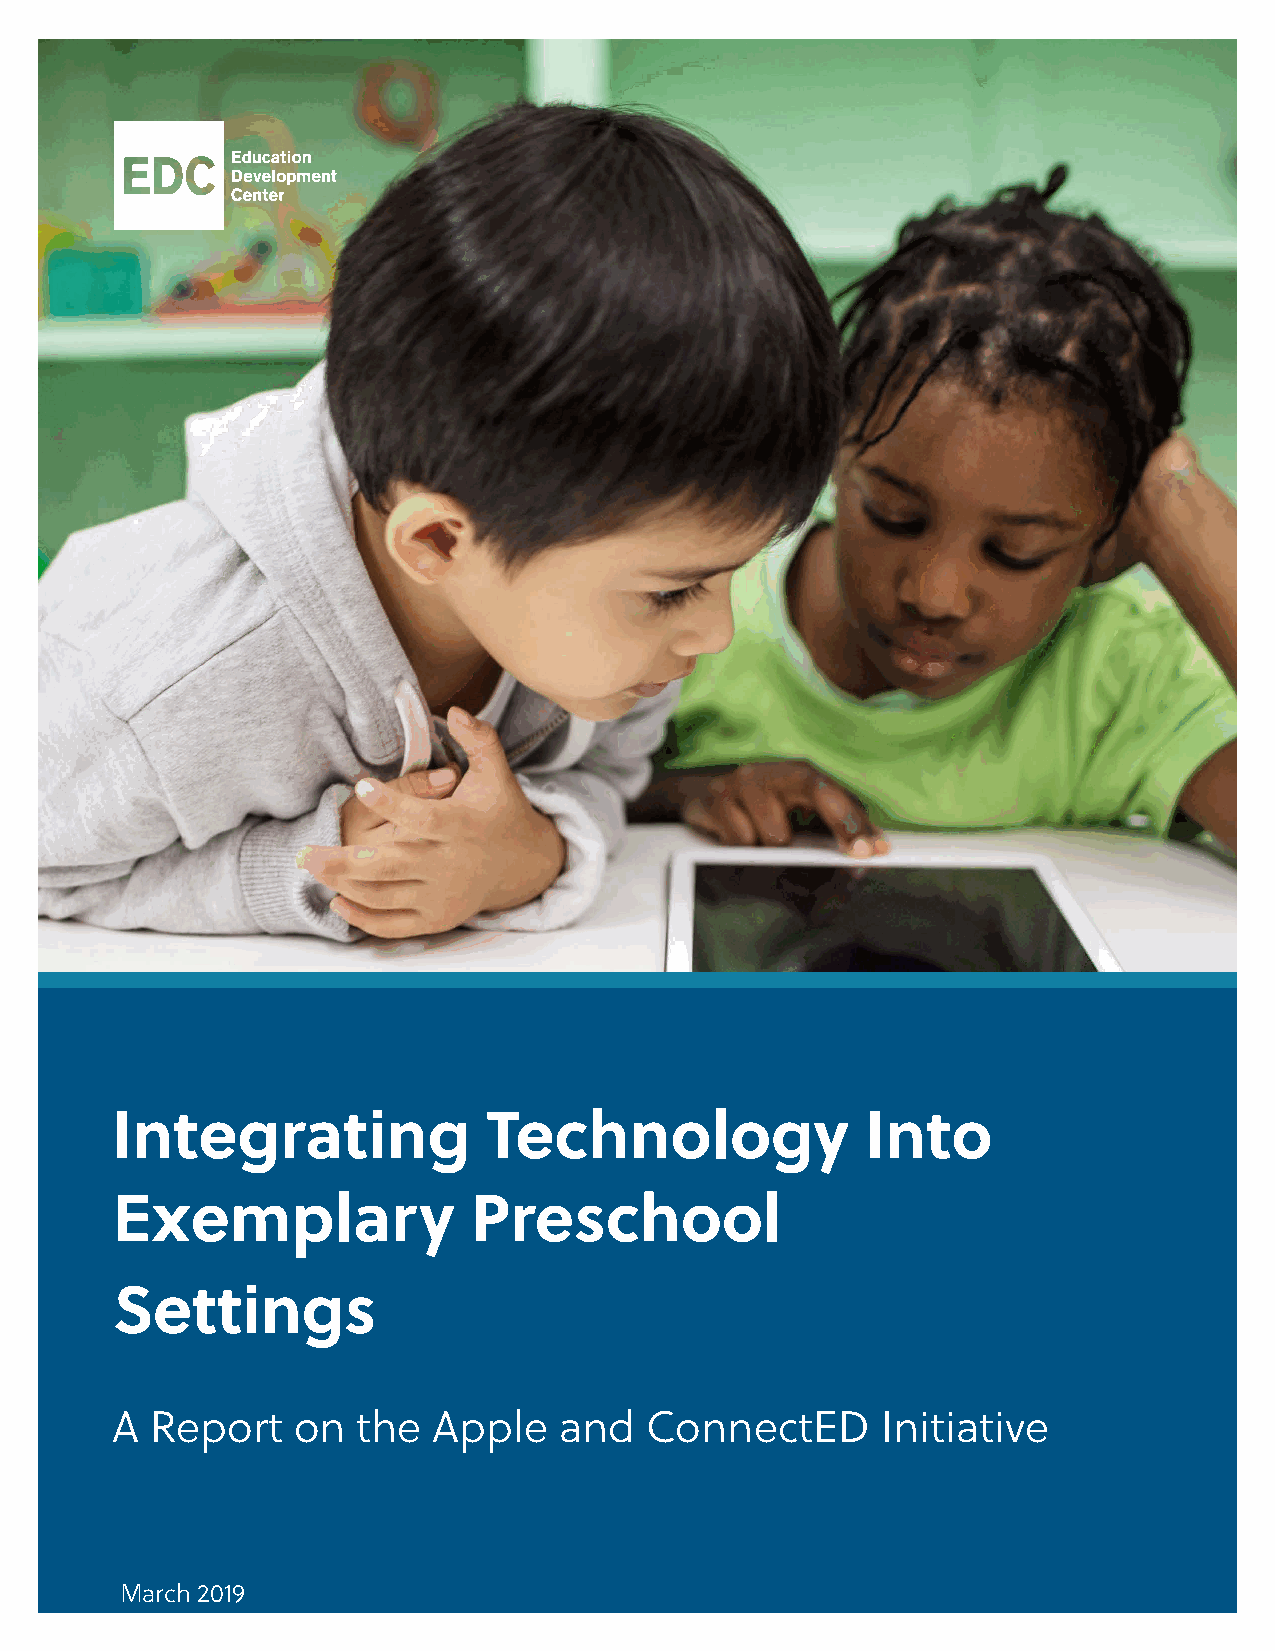
Integrating              Technology                Into
 Exemplary               Preschool
 Settings
 A  Report   on   the  Apple   and   ConnectED      Initiative
 March 2019